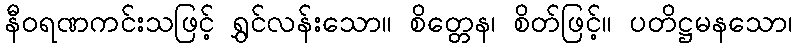
နီဝရဏကင်းသဖြင့် ရွှင်လန်းသော။ စိတ္တေန၊ စိတ်ဖြင့်။ ပတိဋ္ဌမနသော၊